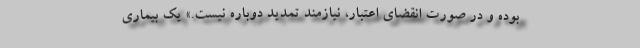
بوده و در صورت انقضای اعتبار، نیازمند تمدید دوباره نیست.» یک بیماری